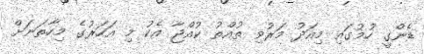
ޑެންގީ ހުމުގައި މިއަދު މަރުވި ތުއްތު ކުއްޖާ އެކު މި އަހަރުގެ މިހާތަނަށް